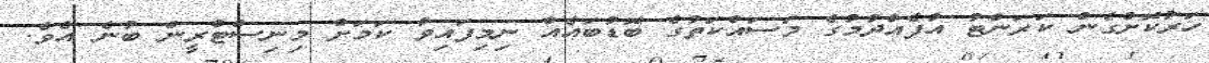
ހަރުކޮށްގެން ކަރަންޓު އުފެއްދުމުގެ މަސައްކަތުގެ ބޮޑުބައެއް ނިމިފައިވާ ކަމަށް މިނިސްޓްރީން ބުނެ އެވެ.